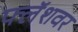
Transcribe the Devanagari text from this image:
फ्लॅशवर